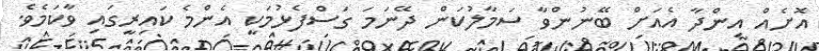
އޮށެއް އިންދާ އެއަށް ބޭނުންވާ ސަމާލުކަން ދޭނަމަ ގަސްފެޅުމަކީ އެންމެ ކައިރީގައި ވާކަމެވެ.